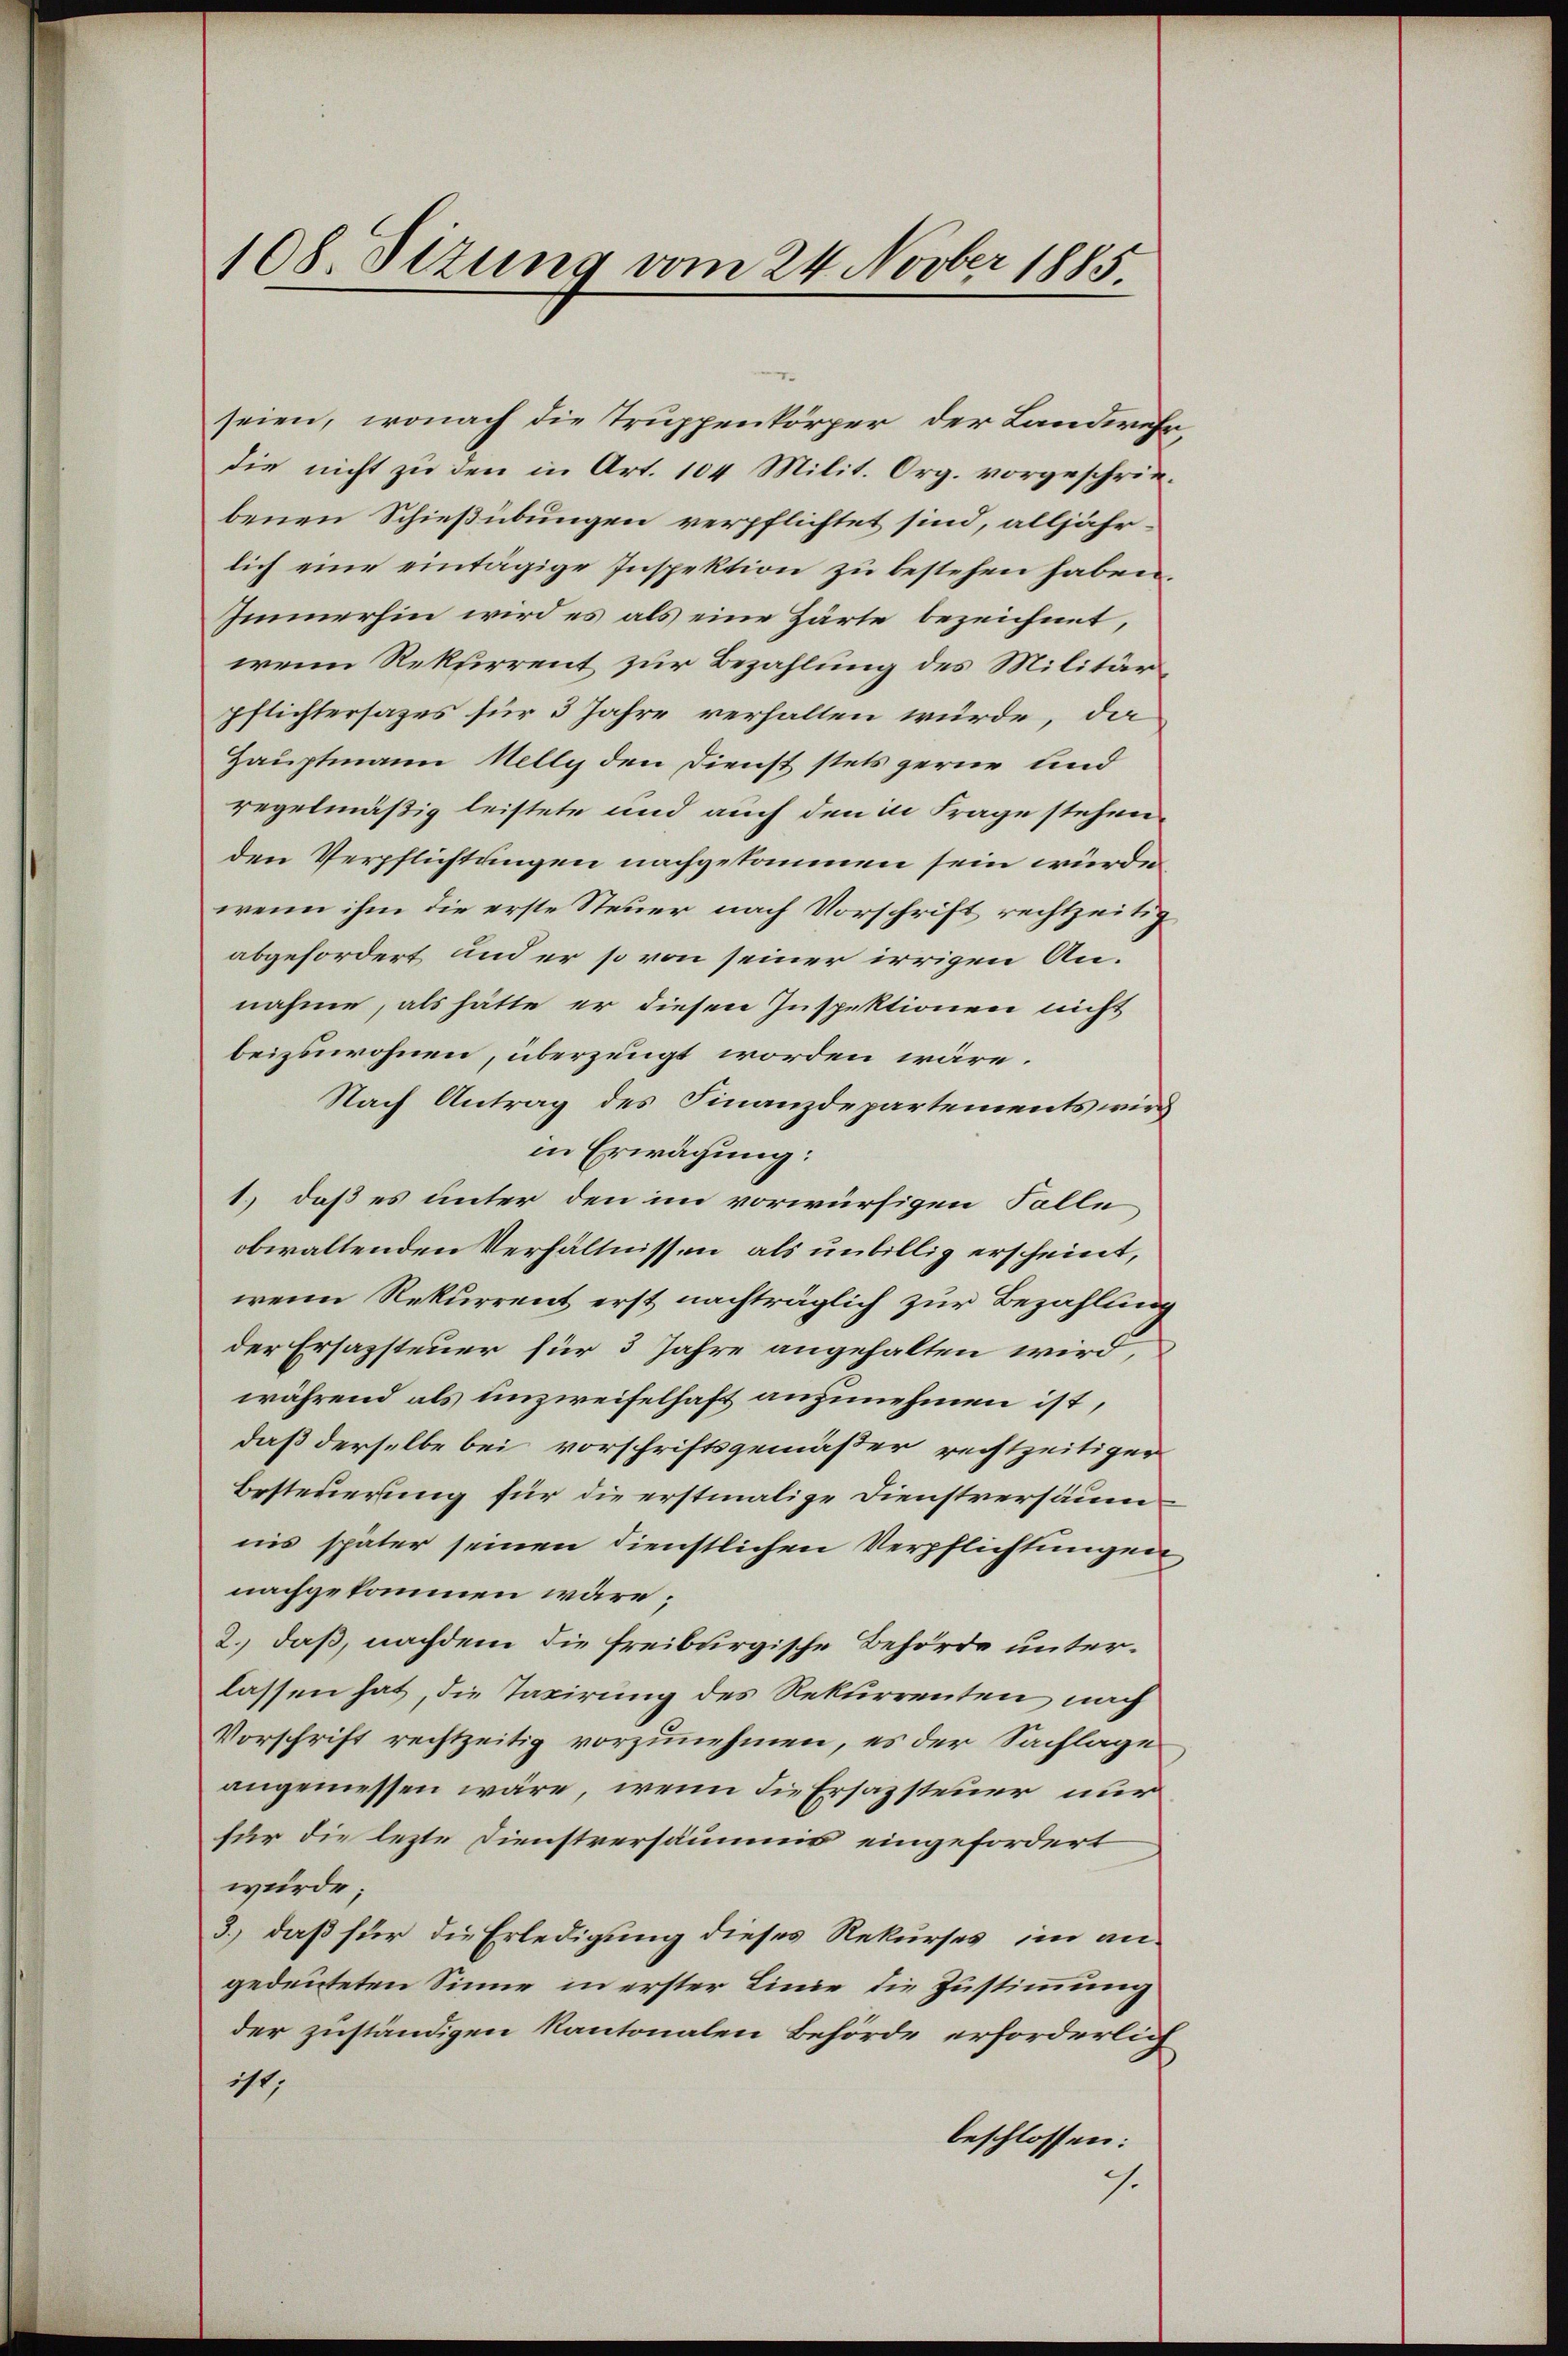
108 Sizung vom 24. Novber 1885

seien, wonach die Truppenkörper der Landwese
die nicht zu den in Art. 104 Milit. Org. vorgeschriebenen Schießübungen verpflichtet sind, alljährlich eine eintägige Inspektion zu bestehen haben.
Immerhin wird es als eine Härte bezeichnet,
wenn Rekurrent zur Bezahlung des Militärpflichtersazes für 3 Jahre verhalten würde, da
Hauptmann Nelly den Dienst stets gerne und
regelmäßig leistete und auch den in Frage stehen
den Verpflichtungen nachgekommen sein würde.
wenn ihm die erste Steuer nach Vorschrift rechtzeitig
abgefordert und er so von seiner irrigen Annahme, als hätte er diesen Inspektionen nicht
beizuwohnen, überzeugt worden wäre.
Nach Antrag des Finanzdepartements wird
in Erwägung:
1.) daß es unter den im vorwürfigen Falle
obwaltenden Verhältnissen, als unbillig erscheint,
wenn Rekurrent erst nachträglich zur Bezahlung
der Ersazsteuer für 3 Jahre angehalten wird,
während als unzweifelhaft anzunehmen ist,
daß derselbe bei vorschriftsgemäßer rechtzeitiger
Besteuerung für die erstmalige Dienstversäumnis später seinen dienstlichen Verpflichtungen
nachgekommen wäre;
2.) daß, nachdem die freiburgische Behörde unterlassen hat, die Taxirung des Rekurrenten nach
Vorschrift rechtzeitig vorzunehmen, es der Sachlage
angemessen wäre, wenn die Ersazsteuer nur
für die lezte Dienstversäumis eingefordert
würde;
3.) daß für die Erledigung dieses Rekurses, im angedeuteten Sinne in erster Linie die Zustimmung
der zuständigen Kantonalen Behörde erforderlich
i,
beschlossen:
.

.

2